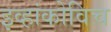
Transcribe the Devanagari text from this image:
इव्हांकोविच